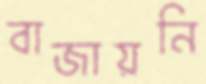
বাজায়নি